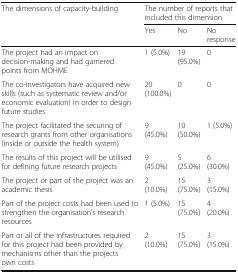
| <ROWSPAN=2> The dimensions of capacity-building | <COLSPAN=3> The number of reports that included this dimension |
 | Yes | No | No response |
 | --- | --- | --- | --- |
 | The project had an impact on decision-making and had garnered points from MOHME | 1 (5.0%) | 19 (95.0%) | 0 |
 | The co-investigators have acquired new skills (such as systematic review and/or economic evaluation) in order to design future studies | 20 (100.0%) | 0 | 0 |
 | The project facilitated the securing of research grants from other organisations (inside or outside the health system) | 9 (45.0%) | 10 (50.0%) | 1 (5.0%) |
 | The results of this project will be utilised for defining future research projects | 9 (45.0%) | 5 (25.0%) | 6 (30.0%) |
 | The project or part of the project was an academic thesis | 2 (10.0%) | 15 (75.0%) | 3 (15.0%) |
 | Part of the project costs had been used to strengthen the organisation’s research resources | 1 (5.0%) | 15 (75.0%) | 4 (20.0%) |
 | Part or all of the infrastructures required for this project had been provided by mechanisms other than the projects own costs | 2 (10.0%) | 15 (75.0%) | 3 (15.0%) |